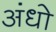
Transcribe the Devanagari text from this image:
अंधो